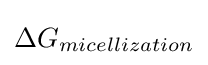
\Delta G_{micellization}